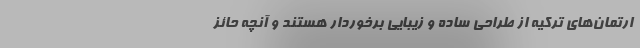
ارتمان‌های ترکیه از طراحی ساده و زیبایی برخوردار هستند و آنچه حائز